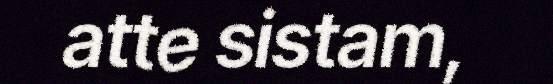
atte sistam,